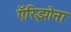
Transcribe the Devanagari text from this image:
ऍरिझोना